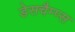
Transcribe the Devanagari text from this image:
डेसचैम्प्स